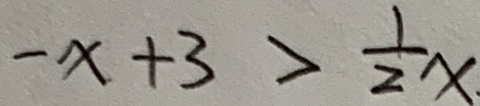
- x + 3 > \frac { 1 } { 2 } x